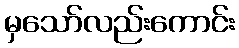
မှသော်လည်းကောင်း